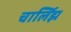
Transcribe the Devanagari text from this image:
चार्लिझ